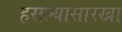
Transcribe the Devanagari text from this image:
हसल्यासारखा